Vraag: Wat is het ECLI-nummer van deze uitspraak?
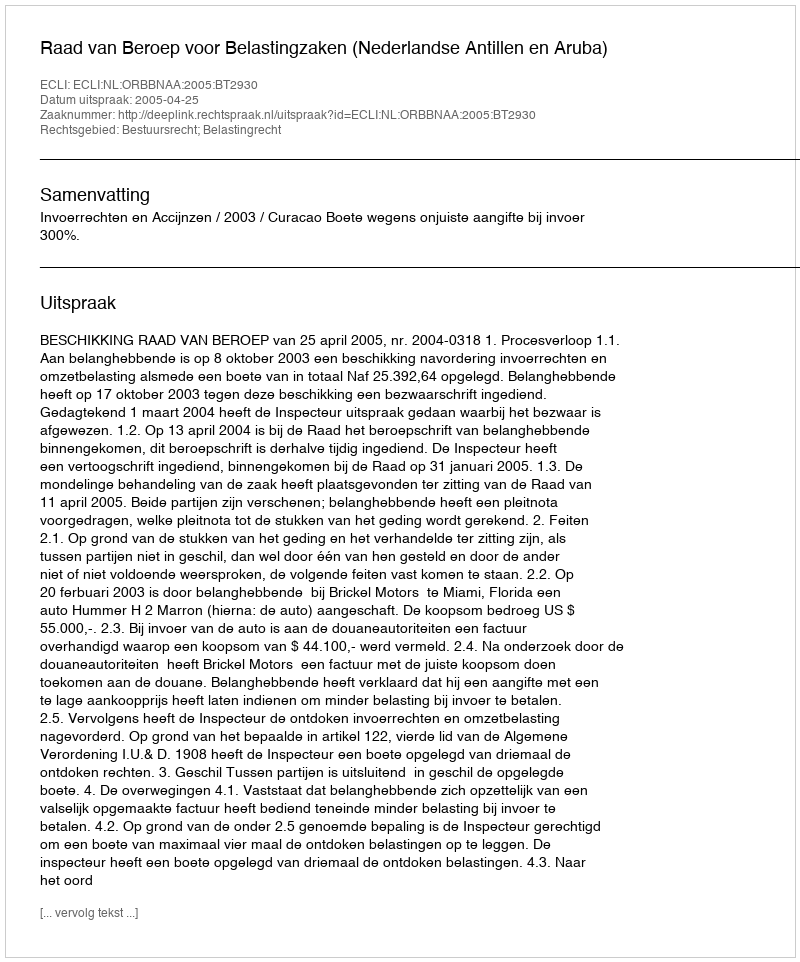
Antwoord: ECLI:NL:ORBBNAA:2005:BT2930